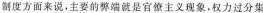
制度方面来说，主要的弊端就是官僚主义现象，权力过分集